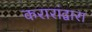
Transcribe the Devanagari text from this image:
करारांद्वारा